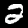
Digit: 2